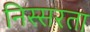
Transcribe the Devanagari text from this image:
निस्सरता